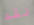
لقد